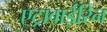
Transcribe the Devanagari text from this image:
एट्रावाईरिन